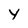
Character: Y